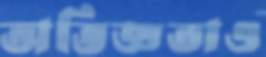
অভিজ্ঞতাও